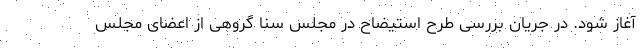
آغاز شود. در جریان بررسی طرح استیضاح در مجلس سنا گروهی از اعضای مجلس